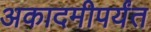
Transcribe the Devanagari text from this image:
अकादमीपर्यंत